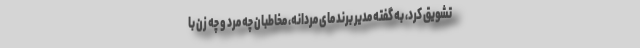
تشویق کرد، به گفته مدیر برند مای مردانه، مخاطبان چه مرد و چه زن با